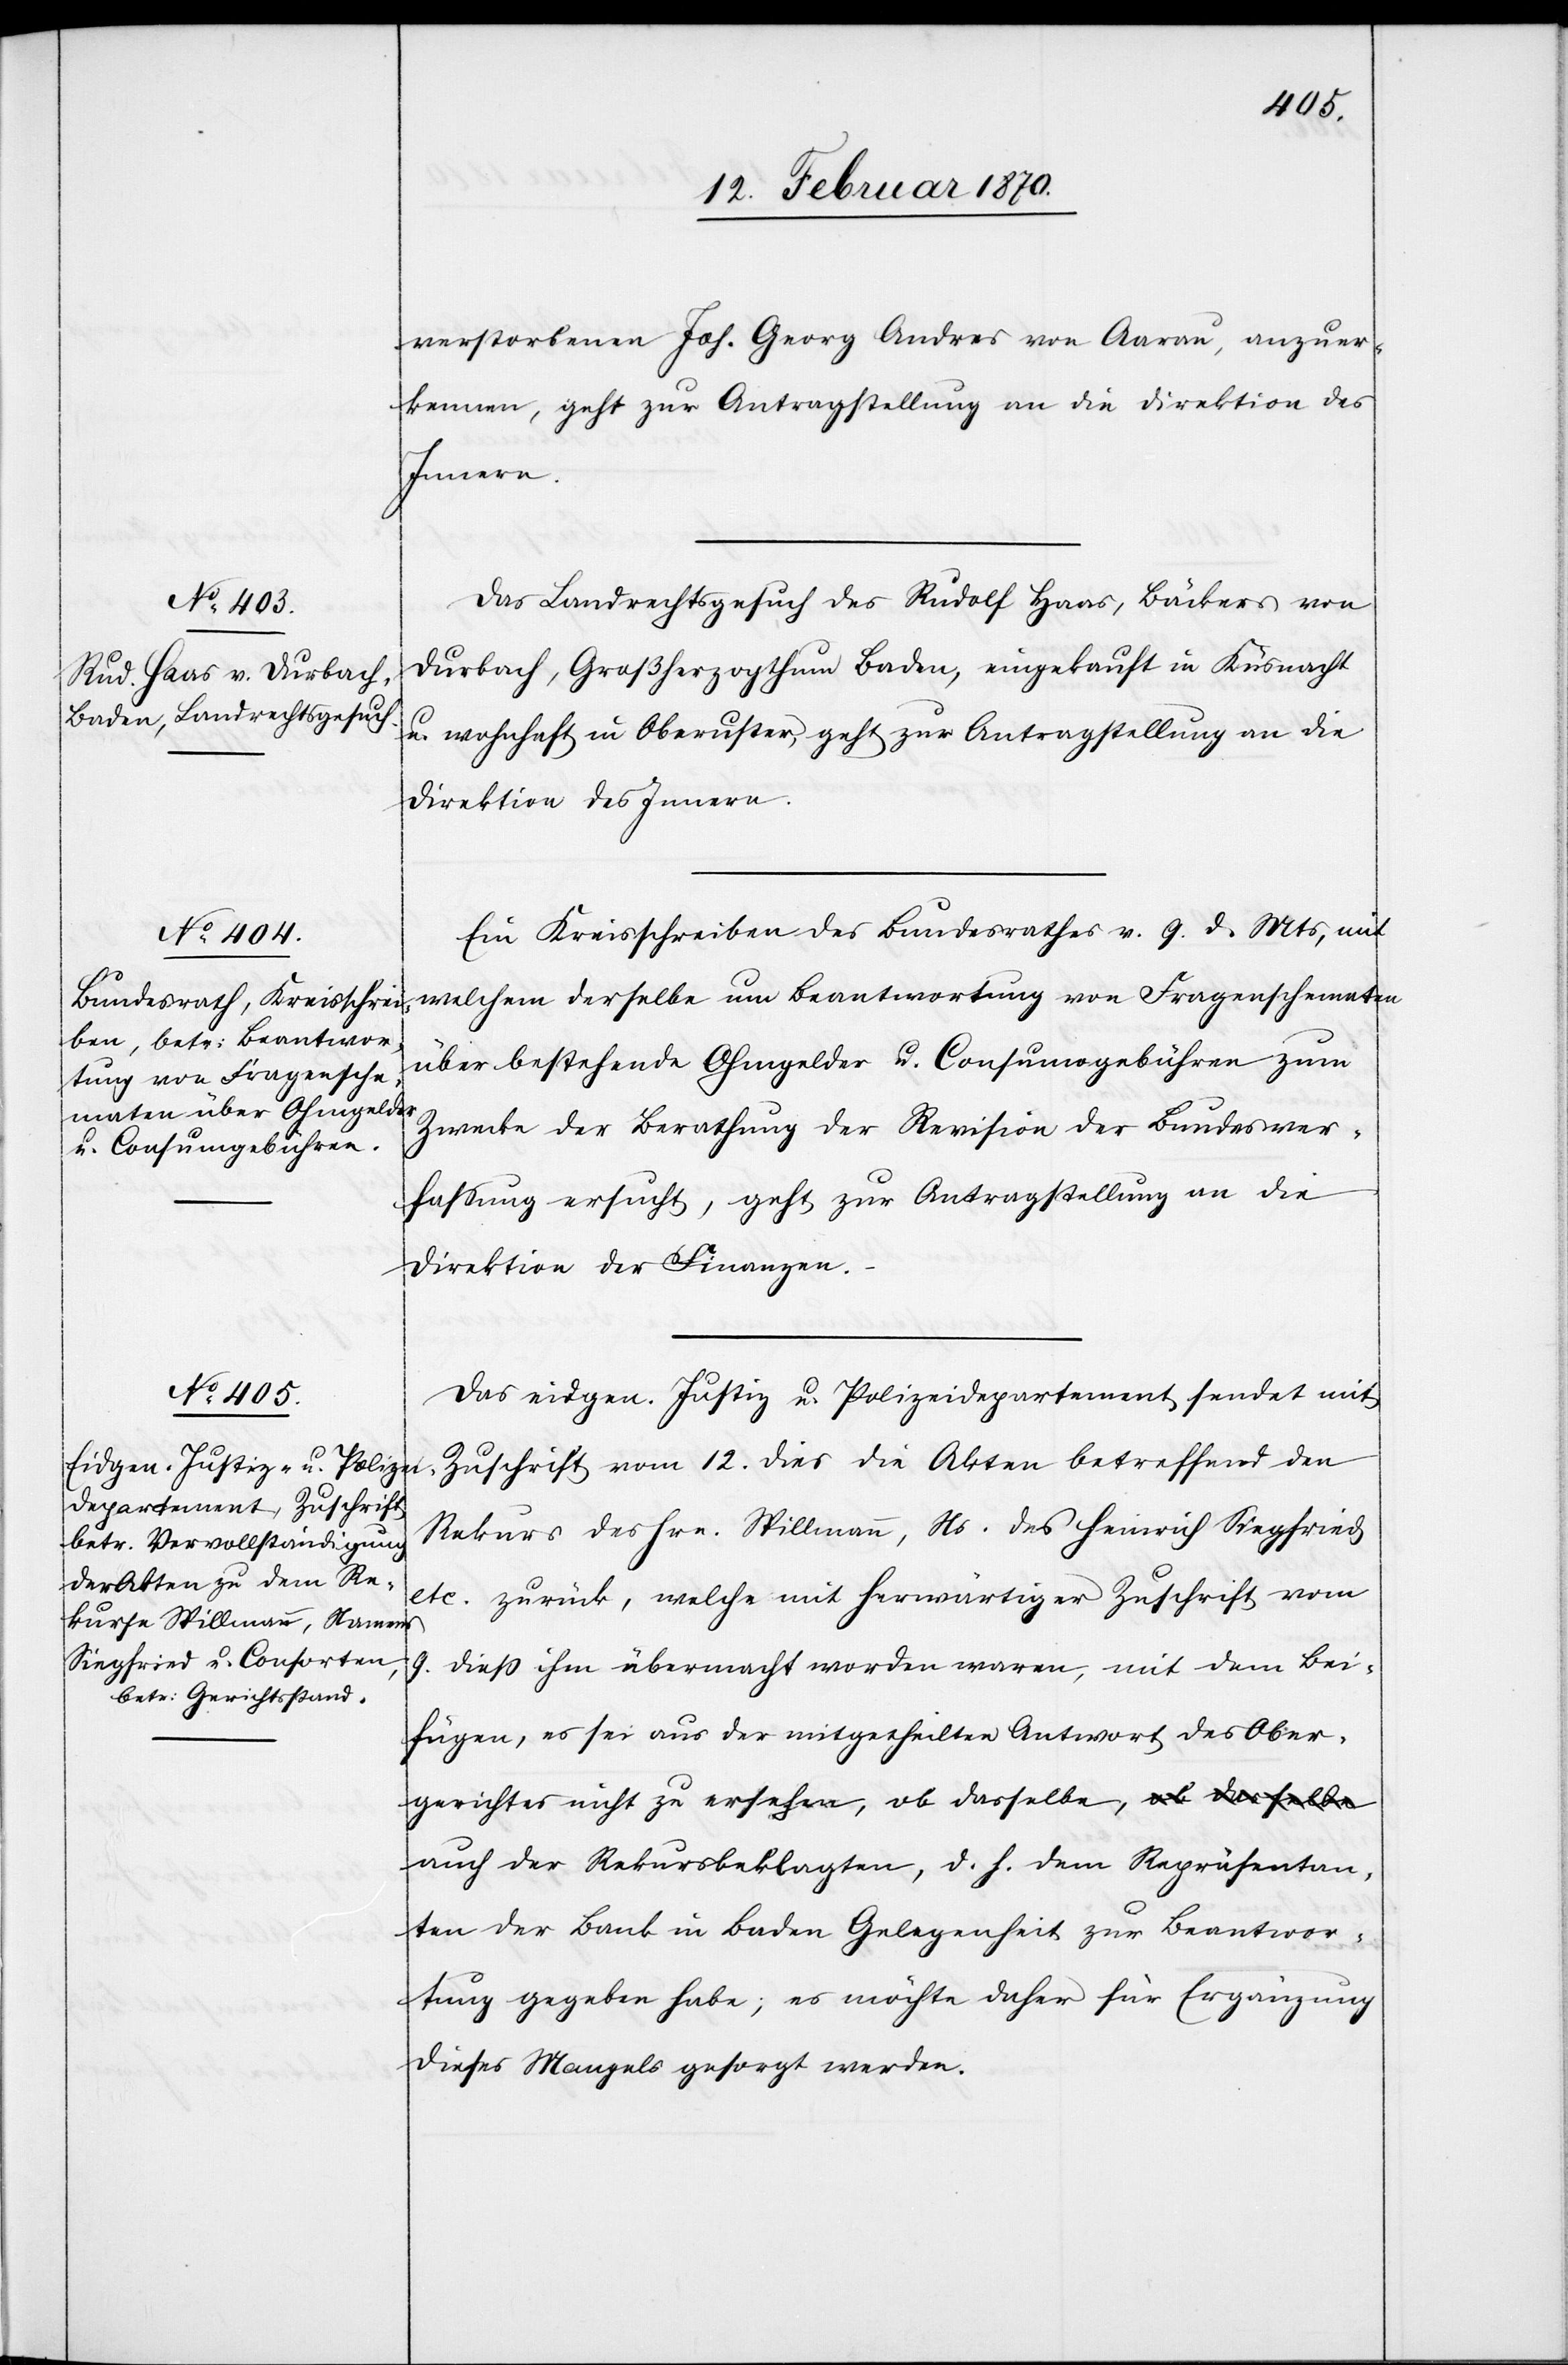
verstorbenen Joh. Georg Andres von Aarau, anzuer¬
kennen, geht zur Antragstellung an die Direktion des
Repräsentan¬
Das Landrechtsgesuch des Rudolf Haas, Bäckers von
Durbach, Großherzogthum Baden, eingekauft in Küsnacht
u. wohnhaft in Oberuster, geht zur Antragstellung an die
Direktion des Innern.
Ein Kreisschreiben des Bundesrathes v. 9. d. Mts, mit
welchem derselbe um Beantwortung von Fragenschematen
über bestehende Ohmgelder u. Consumsgebühren zum
Zwecke der Berathung der Revision der Bundesver¬
fassung ersucht, geht zur Antragstellung an die
Direktion der Finanzen.
Das eidgen. Justiz[-] u. Polizeidepartement sendet mit
Zuschrift vom 12. dies die Akten betreffend den
Rekurs des Hrn. Stillmann, Ns. des Heinrich Siegfried
etc. zurück, welche mit herwärtiger Zuschrift vom
9. diess ihm übermacht worden waren, mit dem Bei¬
fügen, es sei aus der mitgetheilten Antwort des Ober¬
gerichtes nicht zu ersehen, ob dasselbe, auch der
ten der Bank in Baden Gelegenheit zur Beantwor¬
tung gegeben habe; es möchte daher für Ergänzung
dieses Mangels gesorgt werden.